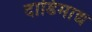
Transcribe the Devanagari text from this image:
दाडिमाद्य